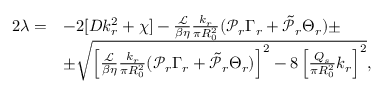
\begin{array} { r l } { 2 \lambda = } & { - 2 [ D k _ { r } ^ { 2 } + \chi ] - \frac { \mathcal { L } } { \beta \eta } \frac { k _ { r } } { \pi R _ { 0 } ^ { 2 } } ( \mathcal { P } _ { r } \Gamma _ { r } + \tilde { \mathcal { P } } _ { r } \Theta _ { r } ) \pm } \\ & { \pm \sqrt { \left[ \frac { \mathcal { L } } { \beta \eta } \frac { k _ { r } } { \pi R _ { 0 } ^ { 2 } } ( \mathcal { P } _ { r } \Gamma _ { r } + \tilde { \mathcal { P } } _ { r } \Theta _ { r } ) \right] ^ { 2 } - 8 \left[ \frac { Q _ { s } } { \pi R _ { 0 } ^ { 2 } } k _ { r } \right] ^ { 2 } } , } \end{array}